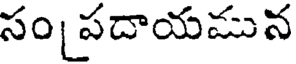
సం పదాయమున